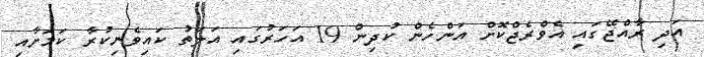
އަދި ރާއްޖޭގައި އެވްރެޖްކޮށް އަންހެން ކުދިން 19 އަހަރުގައި އަލަތު ކައިވެނިކުރާ ކަމަށާއި